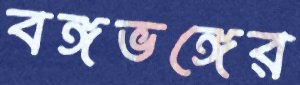
বঙ্গভঙ্গের